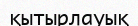
қытырлауық